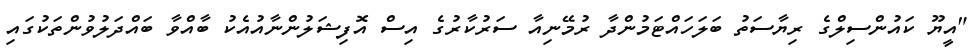
"އީޔޫ ކައުންސިލްގެ ރިޔާސަތު ބަލަހައްޓަމުންދާ ރުމޭނިއާ ސަރުކާރުގެ އިސް އޮފިޝަލުންނާއުއެކު ބާއްވާ ބައްދަލުވުންތަކުގައި